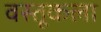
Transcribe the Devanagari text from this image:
वस्तूकला